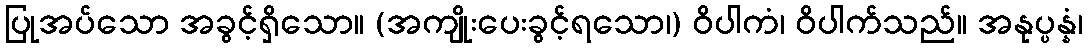
ပြုအပ်သော အခွင့်ရှိသော။ (အကျိုးပေးခွင့်ရသော၊) ဝိပါကံ၊ ဝိပါက်သည်။ အနုပ္ပန္နံ၊